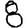
Digit: 8